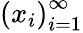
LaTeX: \left(x_{i}\right)_{i=1}^{\infty}